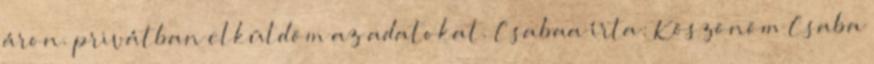
áron. privátban elküldöm az adatokat. Csabaa írta: Köszönöm Csaba